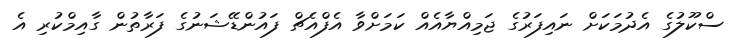
ސްކޫލުގެ އެދުމަކަށް ނައިފަރުގެ ޖަމިއްޔާއެއް ކަމަށްވާ އެފްއެޗް ފައުންޑޭޝަނުގެ ފަރާތުން ގާއިމްކުރި އެ